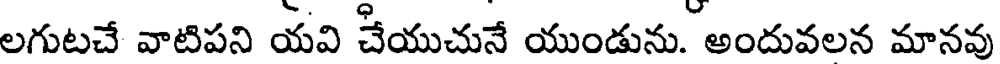
లగుటచే వాటిపని యవి చేయుచునే యుండును. అందువలన మానవు